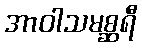
အာဝါသမစ္ဆရီ